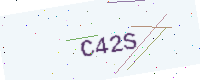
Text: C42S